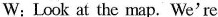
W:Look at the map.We're